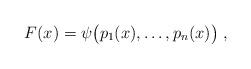
LaTeX: \begin{align*} F(x)=\psi\big(p_1(x),\dots,p_n(x)\big)\;,\end{align*}